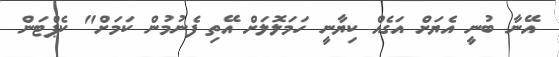
އޭނާ ބުނީ އެޔަށް އަގެއް ކިޔާނީ ހަަމަލޮލަށް އޭތި ފެނުމުން ކަމަށް" ކެޕްޓަން